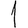
Digit: 1